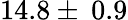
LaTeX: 14.8\pm\: 0.9